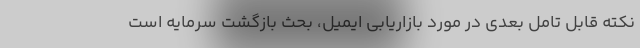
نکته قابل تامل بعدی در مورد بازاریابی ایمیل، بحث بازگشت سرمایه است